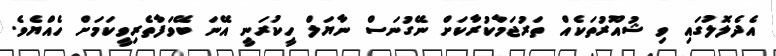
އެދެލޮލުގައި ވި ޝުއޫރުތަކެއް ތަރުޖަމާކުރާކަށް ނޭގުނަސް ނާޔަލް ހީކުރަނީ އޭނަ ބޭވަފާތެރިވީކަމަށް ހެއްޔެވެ.